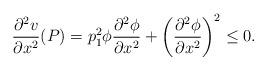
LaTeX: \begin{align*}\frac{\partial^2 v}{\partial x^2}(P)=p_1^2\phi\frac{\partial^2\phi}{\partial x^2}+\left(\frac{\partial^2\phi}{\partial x^2}\right)^2\leq0.\end{align*}